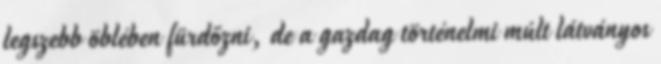
legszebb öblében fürdőzni, de a gazdag történelmi múlt látványos